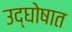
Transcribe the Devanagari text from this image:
उद्‌घोषात